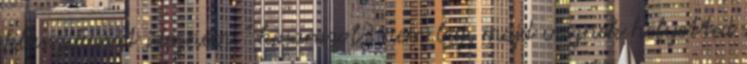
klasszikusát idézném ” kosarazol? nem baj, majd vesznek helyetted